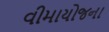
વીમાયોજના